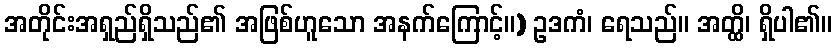
အတိုင်းအရှည်ရှိသည်၏ အဖြစ်ဟူသော အနက်ကြောင့်။) ဥဒကံ၊ ရေသည်။ အတ္ထိ၊ ရှိပါ၏။